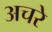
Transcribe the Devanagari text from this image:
अचरे